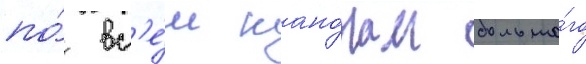
по́ вс'е́м кано́нам большо́го